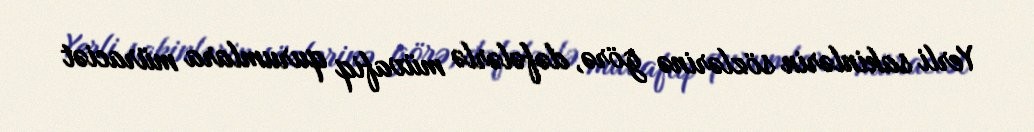
Yerli sakinlərin sözlərinə görə, dəfələrlə müvafiq qurumlara müraciət